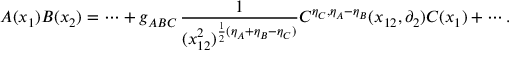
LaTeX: A ( x _ { 1 } ) B ( x _ { 2 } ) = \cdots + g _ { A B C } \, \frac { 1 } { ( x _ { 1 2 } ^ { 2 } ) ^ { \frac { 1 } { 2 } ( \eta _ { A } + \eta _ { B } - \eta _ { C } ) } } C ^ { \eta _ { C } , \eta _ { A } - \eta _ { B } } ( x _ { 1 2 } , \partial _ { 2 } ) C ( x _ { 1 } ) + \cdots { } .